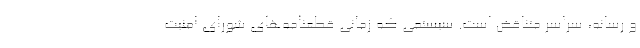
و رسانه، سراسر متناقض است. سيستمي كه زماني قطعنامه‌هاي شوراي امنيت